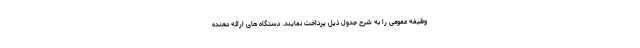
وظیفه عمومی را به شرح جدول ذیل پرداخت نمایند. دستگاه های ارائه دهنده